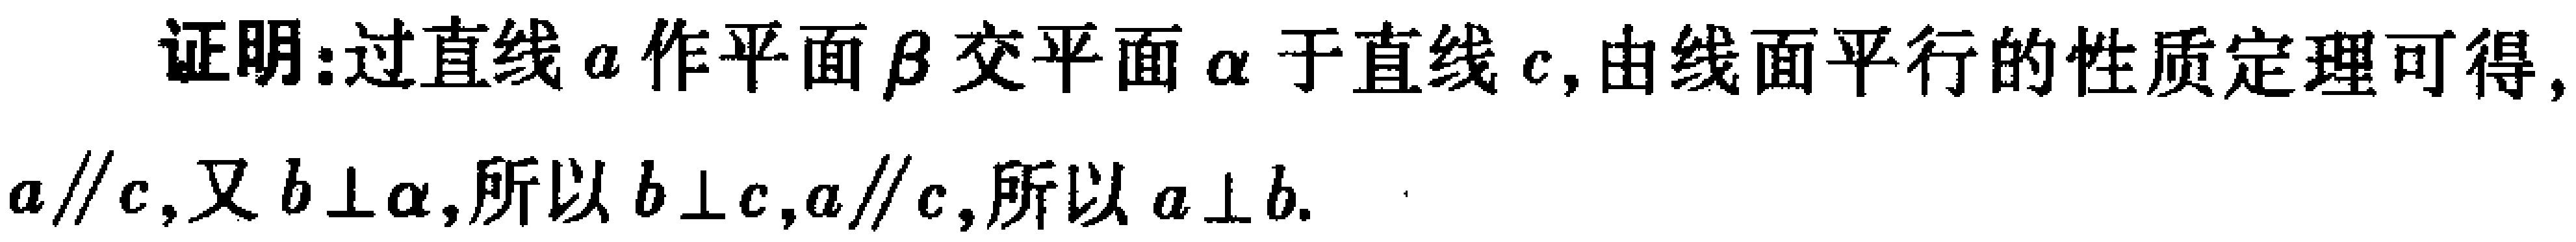
证明：过直线\(a\)作平面\(\beta\)交平面\(\alpha\)于直线\(c\)，由线面平行的性质定理可得，\(a\parallel c\)，又\(b\perp \alpha\)，所以\(b\perp c\)，\(a\parallel c\)，所以\(a\perp b\)。